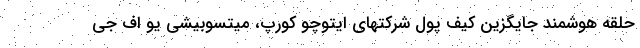
حلقه هوشمند جایگزین کیف پول شرکتهای ایتوچو کورپ، میتسوبیشی یو اف جی